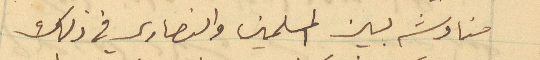
مناوشه بين المسلمين والنصارى في ذلك